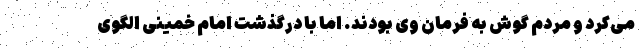
می‌کرد و مردم گوش به فرمان وی بودند. اما با درگذشت امام خمینی الگوی